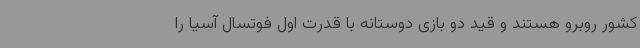
کشور روبرو هستند و قید دو بازی دوستانه با قدرت اول فوتسال آسیا را